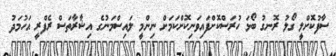
ސާފުކޮށްލީ ގޯލު ރޮނގު ބޯޅަ ހުރަސްކޮށްފައިވަނިކޮށްކަމަށް ނިންމީ ލައިސްމަނުގެ އިޝާރާތަސް ރެފްރީ އަހުމަދު